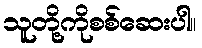
သူတို့ကိုစစ်ဆေးပါ။